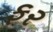
ફર